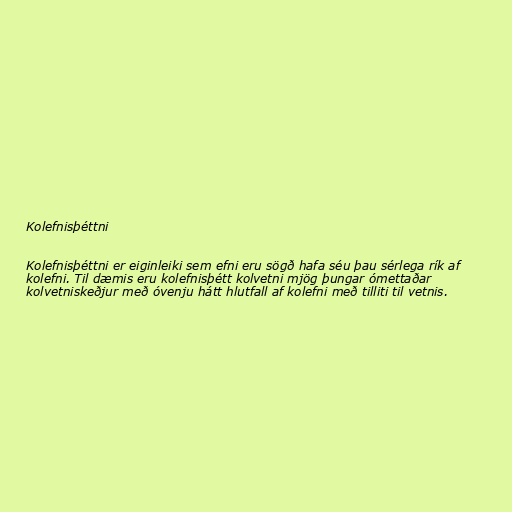
Kolefnisþéttni

Kolefnisþéttni er eiginleiki sem efni eru sögð hafa séu þau sérlega rík af
kolefni. Til dæmis eru kolefnisþétt kolvetni mjög þungar ómettaðar
kolvetniskeðjur með óvenju hátt hlutfall af kolefni með tilliti til vetnis.